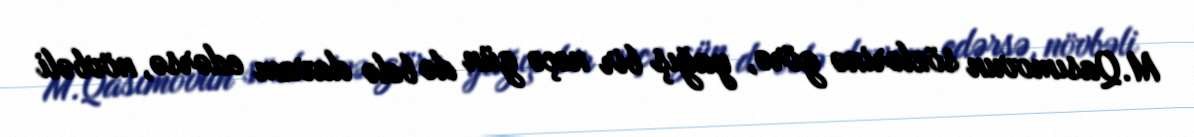
M.Qasımovun sözlərinə görə, yağış bir neçə gün də belə davam edərsə, növbəli